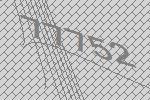
77752